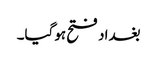
بغداد فتح ہوگیا۔